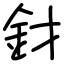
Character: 釮